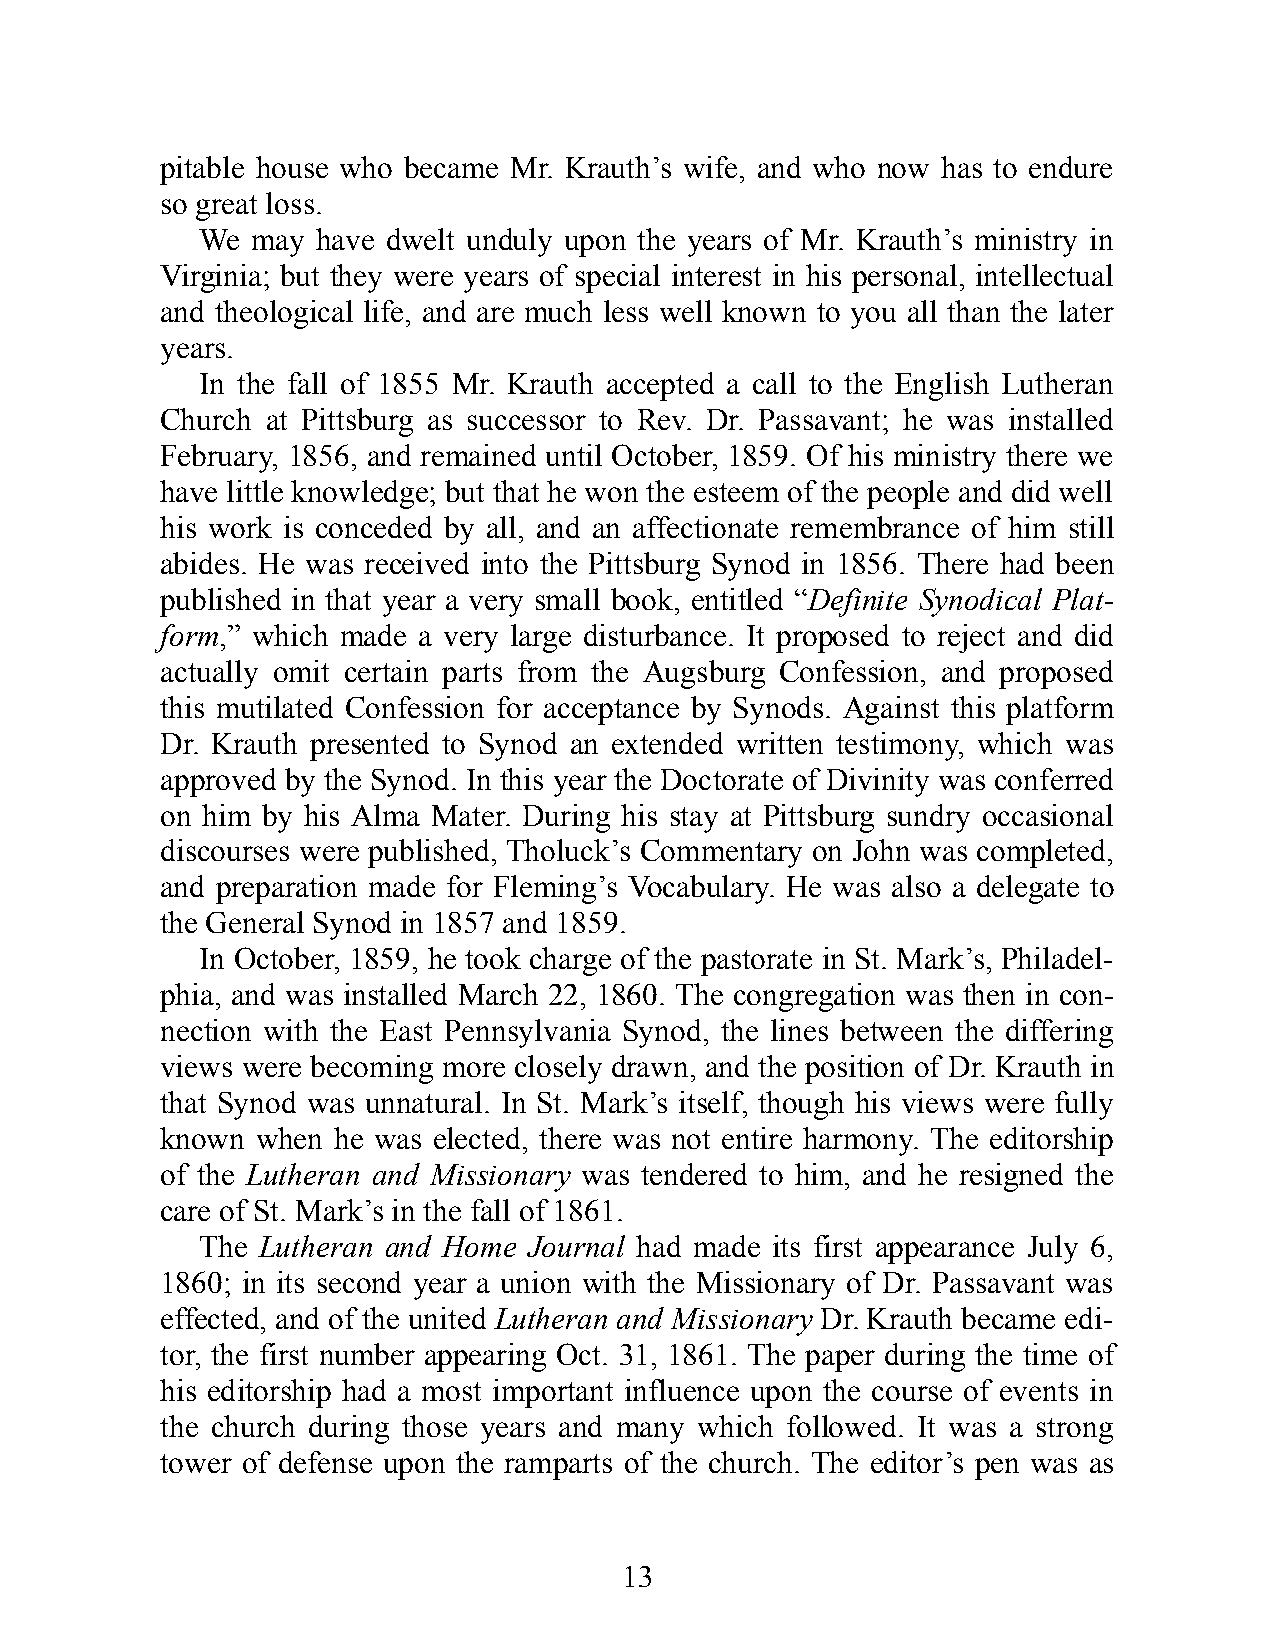
pitable house who bec ame Mr. Krauth’s wife, and who now has to end ure
 so great loss.
 We  may have dwelt un duly upon the years of Mr. Krauth’s mini stry in
 Virg inia; but they were years of spec ial int er est in his pers onal, int ell ec tual
 and the o log ic al life, and are much less well known to you all than the later
 years.
 In the fall of 1855 Mr. Krauth acc epted a call to the Eng lish Lutheran
 Church at Pitts burg as succ ess or to Rev. Dr. Pass a vant; he was ins talled
 Feb ru ary, 1856, and re mained unt il Oc tob er, 1859. Of his mini stry there we
 have litt le knowle dge; but that he won the est eem of the peo ple and did well
 his work is conc eded by all, and an aff ec tiona te re memb rance of him still
 abides. He was re ceived into the Pitts burg Synod in 1856. There had been
 pub lished in that year a very small book, ent i tled “Defi n ite Syno d ic al Plat-
 form,” which made a very large dis tur bance. It prop osed to re ject and did
 act ua lly omit cer tain parts from the Augs burg Con fes sion, and prop osed
 this mu ti lated Con fes sion for ac cept ance by Syn ods. Against this platf orm
 Dr. Krauth pres ented to Synod an ext ended writ ten tes ti mony, which was
 app roved by the Synod. In this year the Doc tor ate of Di vin ity was conf erred
 on him by his Alma Mater. Dur ing his stay at Pitts burg sundry occ as ional
 dis courses were pub lished, Tholuck’s Comm en tary on John was com pleted,
 and prepa ra tion made for Flemi ng’s Vo cabu l ary. He was also a del eg ate to
 the Gene ral Synod in 1857 and 1859.
 In Oc tob er, 1859, he took charge of the past orate in St. Mark’s, Phila d el-
 phia, and was ins talled March 22, 1860. The cong reg at ion was then in con-
 nect ion with the East Penns yl va nia Synod, the lines bet ween the diff er ing
 views were bec om ing more closely drawn, and the pos i tion of Dr. Krauth in
 that Synod was un nat u ral. In St. Mark’s it self, though his views were fully
 known when he was elected, there was not ent ire harm ony. The edi t or ship
 of the Lutheran and Mis sion ary was ten dered to him, and he re signed the
 care of St. Mark’s in the fall of 1861.
 The Lutheran and Home Journ al had made its first app ear ance July 6,
 1860; in its seco nd year a union with the Mis sion ary of Dr. Pass a vant was
 eff ected, and of the united Lutheran and Mis sion ary Dr. Krauth be came edi -
 tor, the first num ber app ear ing Oct. 31, 1861. The pap er duri ng the time of
 his edi t or ship had a most imp ort ant inf lu ence upon the course of events in
 the church duri ng those years and many which fol lowed. It was a strong
 tower of def ense upon the ram parts of the church. The edi t or’s pen was as
 13